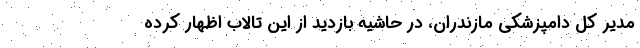
مدیر کل دامپزشکی مازندران، در حاشیه بازدید از این تالاب اظهار کرده